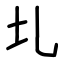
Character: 圠